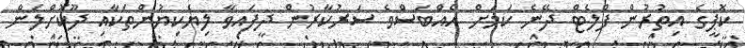
ކޮޕީގެ އިތުރުން ފްލެޓް ދޭނެ ކަމަށް އެއްބަސްވެ ސަރުކާރުން ދީފައިވާ ލިޔެކިޔުންތަކާއި ދޫކޮށްލަން